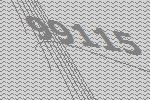
99115